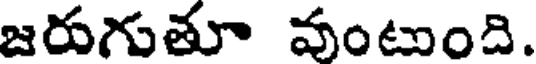
జరుగుతూ వంటుంది.